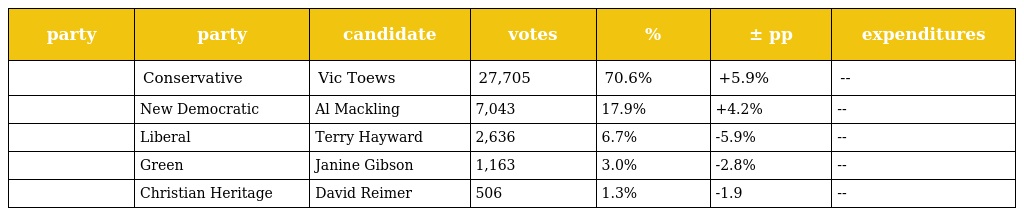
| party | party | candidate | votes | % | ± pp | expenditures |
 | --- | --- | --- | --- | --- | --- | --- |
 |  | Conservative | Vic Toews | 27,705 | 70.6% | +5.9% | -- |
 |  | New Democratic | Al Mackling | 7,043 | 17.9% | +4.2% | -- |
 |  | Liberal | Terry Hayward | 2,636 | 6.7% | -5.9% | -- |
 |  | Green | Janine Gibson | 1,163 | 3.0% | -2.8% | -- |
 |  | Christian Heritage | David Reimer | 506 | 1.3% | -1.9 | -- |